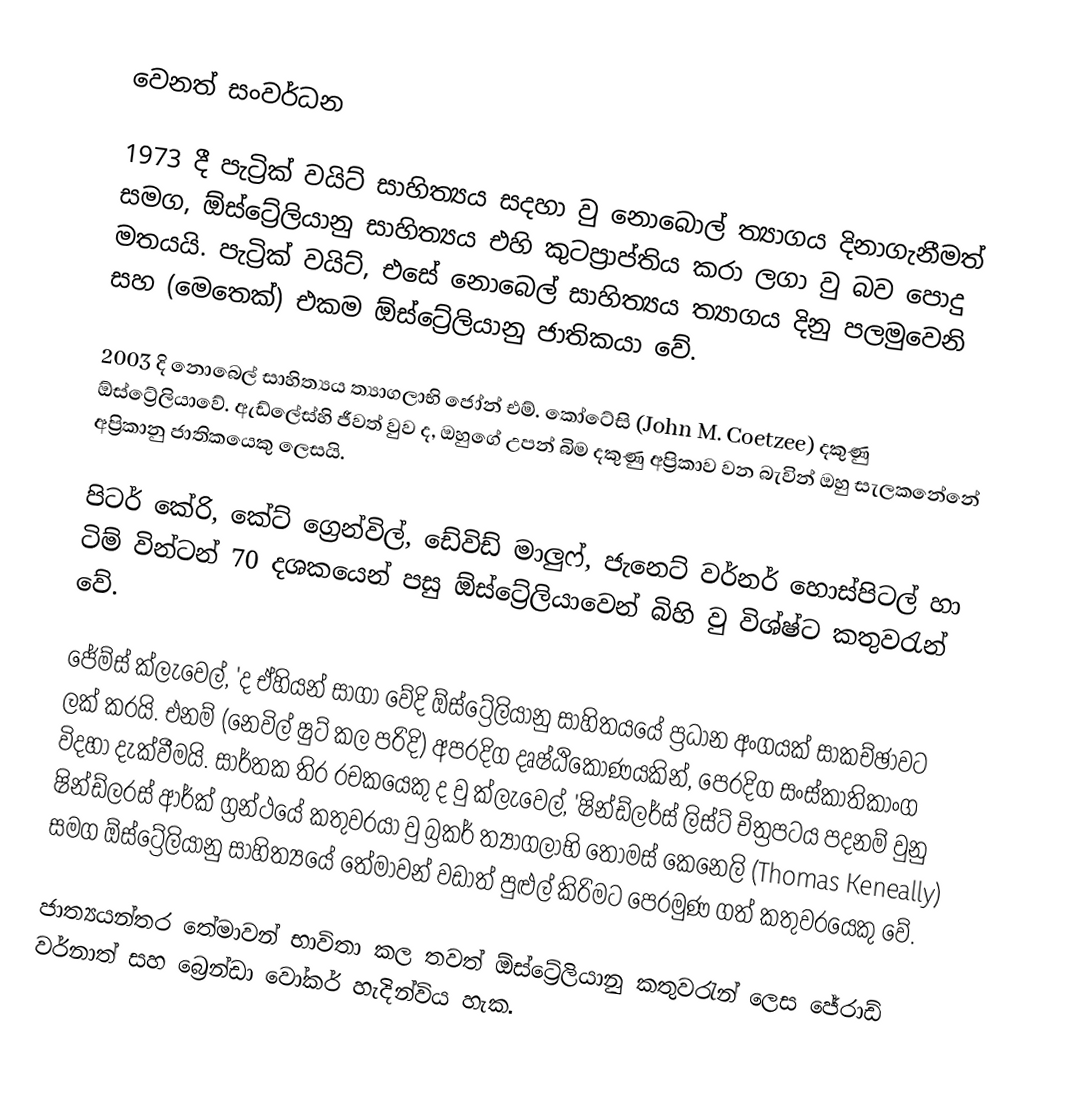
වෙනත් සංවර්ධන

	1973 දී පැට්‍රික් වයිට් සාහිත්‍යය සදහා වු නොබොල් ත්‍යාගය දිනාගැනීමත් සමග, ඕස්‍ට්‍රේලියානු සාහිත්‍යය එහි කුටප්‍රාප්තිය කරා ලගා වු බව පොදු මතයයි. පැට්‍රික් වයිට්, එසේ නොබෙල් සාහිත්‍යය ත්‍යාගය දිනු පලමුවෙනි සහ (මෙතෙක්) එකම ඕස්ට්‍රේලියානු ජාතිකයා වේ.

	2003 දි නොබෙල් සාහිත්‍යය ත්‍යාගලාභි ‍ජෝන් එම්. කෝටේසි  (John M. Coetzee) දකුණු ඕස්ට්‍රේලියාවේ. ඇඩ්ලේස්හි ජීවත් වුව ද, ඔහුගේ උපන් බිම දකුණු අප්‍රිකාව වන බැවින් ඔහු සැලකනේනේ අප්‍රිකානු ජාතිකයෙකු ලෙසයි.

	පිටර් කේරි, කේට් ග්‍රෙන්විල්, ඩේවිඩ් මාලුෆ්, ජැනෙට් වර්නර් හොස්පිටල් හා ටිම් වින්ටන් 70 දශ‍කයෙන් පසු ඕස්ට්‍රේලියාවෙන් බිහි වු විශ්ෂ්ට කතුවරැන් වේ.

	ජේම්ස් ක්ලැවෙල්, 'ද ඒහියන් සාගා වේදි ඕස්ට්‍රේලියානු සාහිතයයේ ප්‍රධාන අංගයක් සාකච්ඡාවට ලක් කරයි. එනම් (නෙවිල් ෂුට් කල පරිදි) අපරදිග දෘෂ්ඨිකෝණයකින්, පෙරදිග සංස්කාතිකාංග විදහා දැක්වීමයි. සාර්තක තිර රචකයෙකු ද වු ක්ලැවෙල්, 'ෂින්ඩ්ලර්ස් ලිස්ට් චිත්‍රපටය පදනම් වුනු ෂින්ඩ්ලරස් ආර්ක් ග්‍රන්ථයේ කතුවරයා වු බ්‍රකර් ත්‍යාගලාභි තෝමස් කෙනෙලි  (Thomas Keneally) සමග ඕස්ට්‍රේලියානු සාහිත්‍යයේ තේමාවන් වඩාත් පුළුල් කිරිමට පෙරමුණ ගත් කතුවරයෙකු වේ.

	ජාත්‍යයන්තර තේමාවන් භාවිතා කල තවත් ඕස්ට්‍රේලියානු කතුවරැන් ලෙස ජේරාඩ් වර්නාත් සහ බ්‍රෙන්ඩා වෝකර් හැදින්විය හැක.